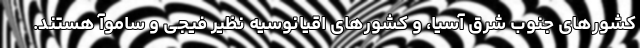
کشورهای جنوب شرق آسیا، و کشورهای اقیانوسیه نظیر فیجی و ساموآ هستند.